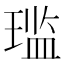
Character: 𫞨